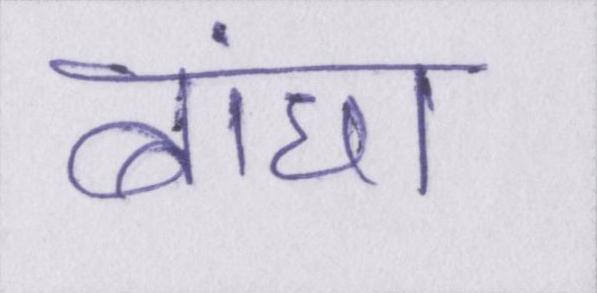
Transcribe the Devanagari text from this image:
बांधा